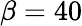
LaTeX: \beta=40